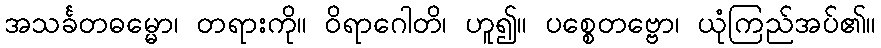
အသင်္ခတဓမ္မော၊ တရားကို။ ဝိရာဂေါတိ၊ ဟူ၍။ ပစ္စေတဗ္ဗော၊ ယုံကြည်အပ်၏။